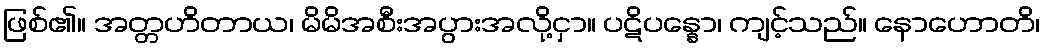
ဖြစ်၏။ အတ္တဟိတာယ၊ မိမိအစီးအပွားအလို့ငှာ။ ပဋိပန္နော၊ ကျင့်သည်။ နောဟောတိ၊